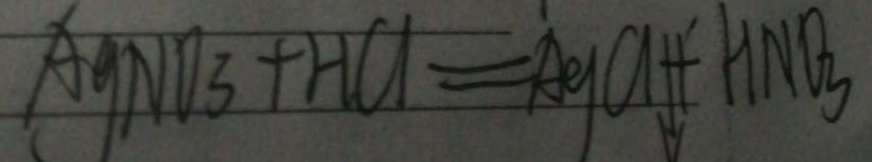
A g N O _ { 3 } + H C l = A g C H + H N O _ { 3 }